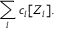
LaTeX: \sum _ { i } c _ { i } [ Z _ { i } ] .